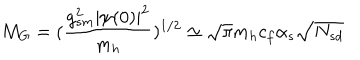
LaTeX: M _ { G } = ( \frac { g _ { s m } ^ { 2 } | \psi ( 0 ) | ^ { 2 } } { m _ { h } } ) ^ { 1 / 2 } \simeq \sqrt { \pi } m _ { h } c _ { f } \alpha _ { s } \sqrt { N _ { s d } }